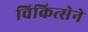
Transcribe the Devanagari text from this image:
चिकित्सेने